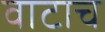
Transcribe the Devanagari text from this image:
वाटाच